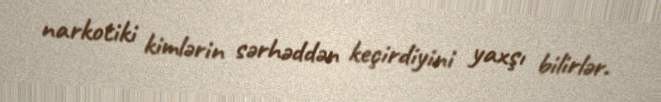
narkotiki kimlərin sərhəddən keçirdiyini yaxşı bilirlər.